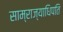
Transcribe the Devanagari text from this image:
साम्राज्याधिपति